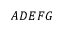
A D E F G